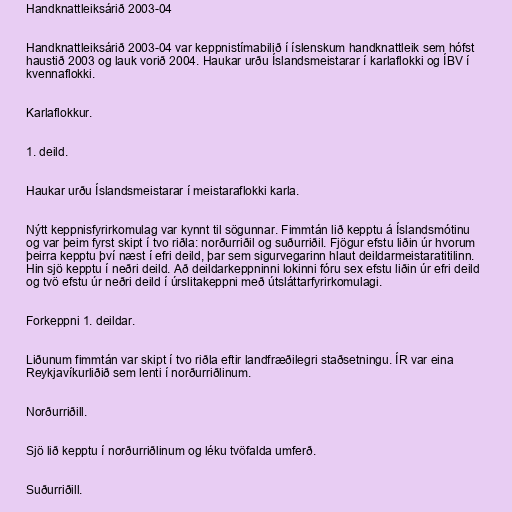
Handknattleiksárið 2003-04

Handknattleiksárið 2003-04 var keppnistímabilið í íslenskum handknattleik sem hófst
haustið 2003 og lauk vorið 2004. Haukar urðu Íslandsmeistarar í karlaflokki og ÍBV í
kvennaflokki.

Karlaflokkur.

1. deild.

Haukar urðu Íslandsmeistarar í meistaraflokki karla.

Nýtt keppnisfyrirkomulag var kynnt til sögunnar. Fimmtán lið kepptu á Íslandsmótinu
og var þeim fyrst skipt í tvo riðla: norðurriðil og suðurriðil. Fjögur efstu liðin úr hvorum
þeirra kepptu því næst í efri deild, þar sem sigurvegarinn hlaut deildarmeistaratitilinn.
Hin sjö kepptu í neðri deild. Að deildarkeppninni lokinni fóru sex efstu liðin úr efri deild
og tvö efstu úr neðri deild í úrslitakeppni með útsláttarfyrirkomulagi.

Forkeppni 1. deildar.

Liðunum fimmtán var skipt í tvo riðla eftir landfræðilegri staðsetningu. ÍR var eina
Reykjavíkurliðið sem lenti í norðurriðlinum.

Norðurriðill.

Sjö lið kepptu í norðurriðlinum og léku tvöfalda umferð.

Suðurriðill.